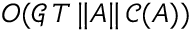
O ( \mathcal { G } \, T \, \| A \| \, \mathcal { C } ( A ) )